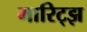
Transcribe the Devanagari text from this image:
मारिट्झ